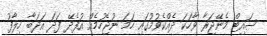
ސައިޓް މެނޭޖަރާ ވާހަކަ ދެއްކެވުމުގައި ހަމަ ނުޖެހުމެއް އުފެދޭ ފަދަ އަދަބާ ހިލާފު